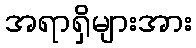
အရာရှိများအား